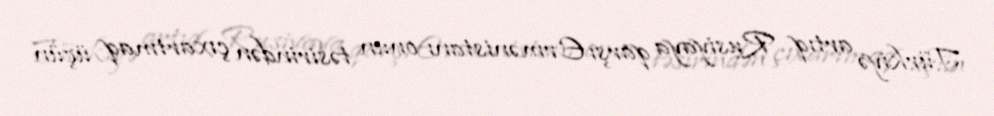
Türkiyə artıq Rusiyaya qarşı Ermənistanı onun təsirindən çıxartmaq üçün